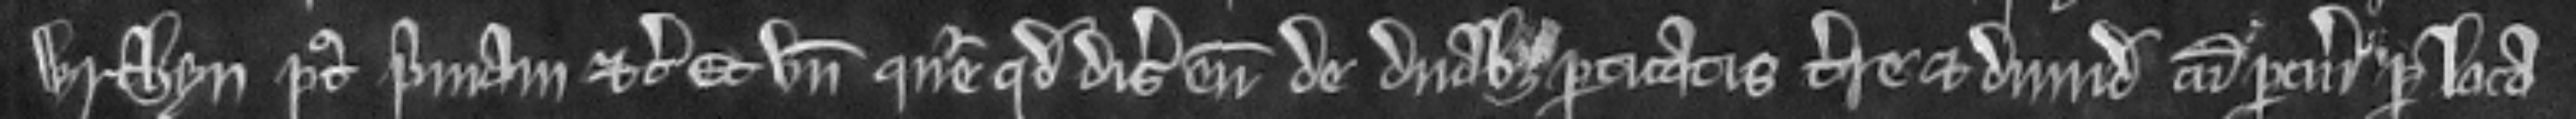
wrthyn post primam etc. Et unde queritur quod disseisivit eum de duabus perticatis terre et dimidia cum pertinenciis predicta loca